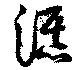
瀑